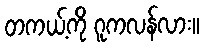
တကယ့်ကို ဂူကလန်လား။